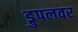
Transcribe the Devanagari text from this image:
ड्रुपलवर